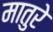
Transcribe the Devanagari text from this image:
मातुरे